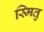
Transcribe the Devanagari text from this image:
स्मितु